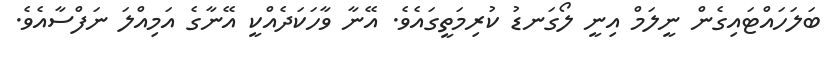
ބަލަހައްޓައިގެން ނީލަމް އިނީ ލޯގަނޑު ކުރިމަތީގައެވެ. އޭނާ ވާހަކަދެއްކީ އޭނާގެ އަމިއްލަ ނަފްސާއެވެ.